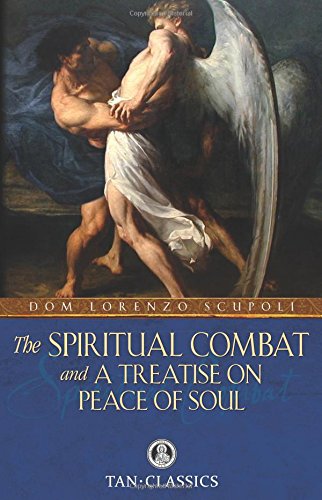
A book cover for The Spiritual Combat: and a Treatise on Peace of Soul (Tan Classics); Dom Lorenzo Scupoli; Christian Books & Bibles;